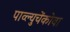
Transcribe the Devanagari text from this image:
पाव्ल्युचेंकोवा